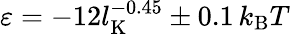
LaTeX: \varepsilon=-12l_{\mathrm{K}}^{-0.45}\pm 0.1\, k_{\mathrm{B}}T